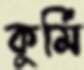
কুর্মি